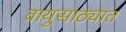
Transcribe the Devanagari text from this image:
वायुसाठ्यात